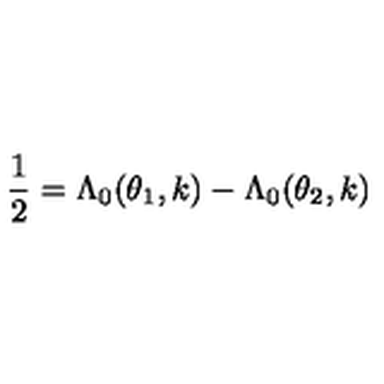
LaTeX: \frac { 1 } { 2 } = \Lambda _ { 0 } ( \theta _ { 1 } , k ) - \Lambda _ { 0 } ( \theta _ { 2 } , k )